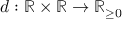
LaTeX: d : \mathbb { R } \times \mathbb { R } \to \mathbb { R } _ { \geq 0 }